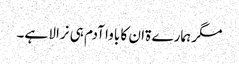
مگر ہمارے ۃان کا باوا آدم ہی نرالا ہے۔